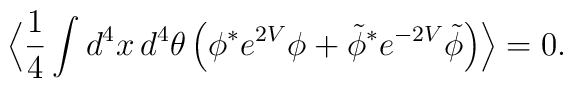
\Big\langle \frac{1}{4}\int d^4x\,d^4\theta\,\Big(\phi^* e^{2V}\phi+ \tilde\phi^* e^{-2V}\tilde\phi\Big)\Big\rangle = 0.